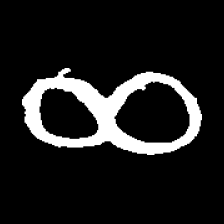
Pyu character \u2014 Myanmar letter: ဆ (romanized: cha)